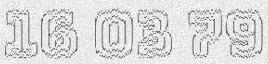
16 03 79